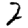
Digit: 2